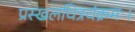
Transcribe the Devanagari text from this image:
प्रस्खलचित्रचंक्रमः।